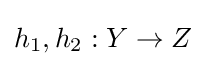
h_{1},h_{2}:Y\to Z